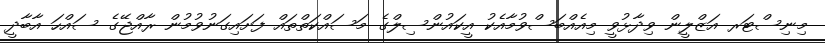
މިނިސްޓަރ އަޒްލީން ވިދާޅުވީ މިއެއްބަސްވުމާއެކު އީކައުންސިލްގެ މަސައްކަތްތައް ފަށައިގަނުވުމުން ރާއްޖޭގެ ސައްހަ އާބާދީ